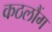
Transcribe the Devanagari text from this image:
कठलौंग